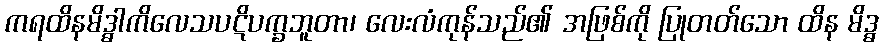
ကရထိနမိဒ္ဓါကိလေသပဋိပက္ခဘူတာ၊ လေးလံကုန်သည်၏ အဖြစ်ကို ပြုတတ်သော ထိန မိဒ္ဓ